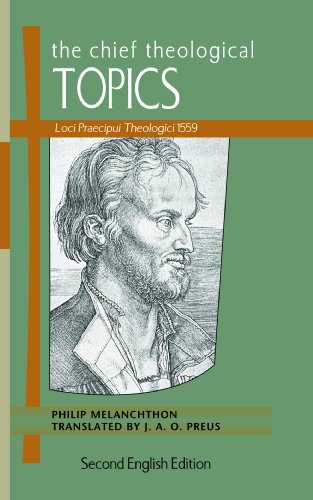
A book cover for The Chief Theological Topics: Loci Praecipui Theologici 1559; Philipp Melanchthon; Christian Books & Bibles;